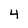
Character: 4